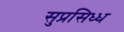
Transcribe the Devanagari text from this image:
सुप्रसिध्‍ध